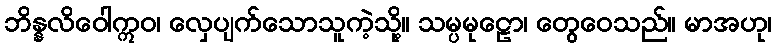
ဘိန္နလိဝေါဣဝ၊ လှေပျက်သောသူကဲ့သို့။ သမ္ပမုဠော၊ တွေဝေသည်။ မာအဟု၊